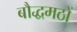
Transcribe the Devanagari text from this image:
बौद्धमठों